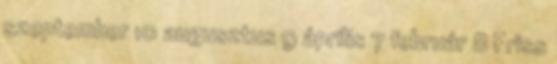
szeptember 10 augusztus 9 április 7 február 8 Friss